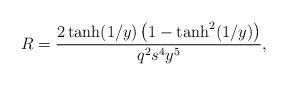
LaTeX: \begin{align*}R=\frac{2\tanh (1/y)\left( 1-\tanh ^{2}(1/y)\right) }{q^{2}s^{4}y^{5}},\end{align*}